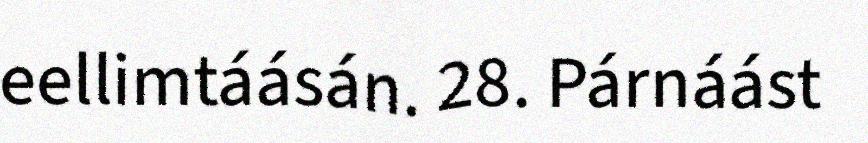
eellimtáásán. 28. Párnáást